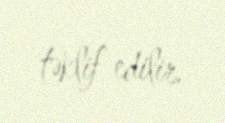
təklif edilir.